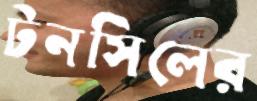
টনসিলের